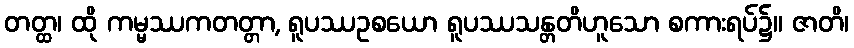
တတ္ထ၊ ထို ကမ္မဿကတတ္တာ, ရူပဿဥစယော ရူပဿသန္တတိဟူသော စကားရပ်၌။ ဇာတိ၊